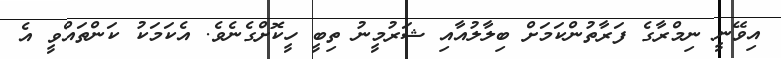
އިވޭނީ ނިމްރާގެ ފަރާތުންކަމަށް ބިލާލުއާއި ޝަރުމީނު ތިބީ ހީކޮށްގެނެވެ. އެކަމަކު ކަންތައްވީ އެ